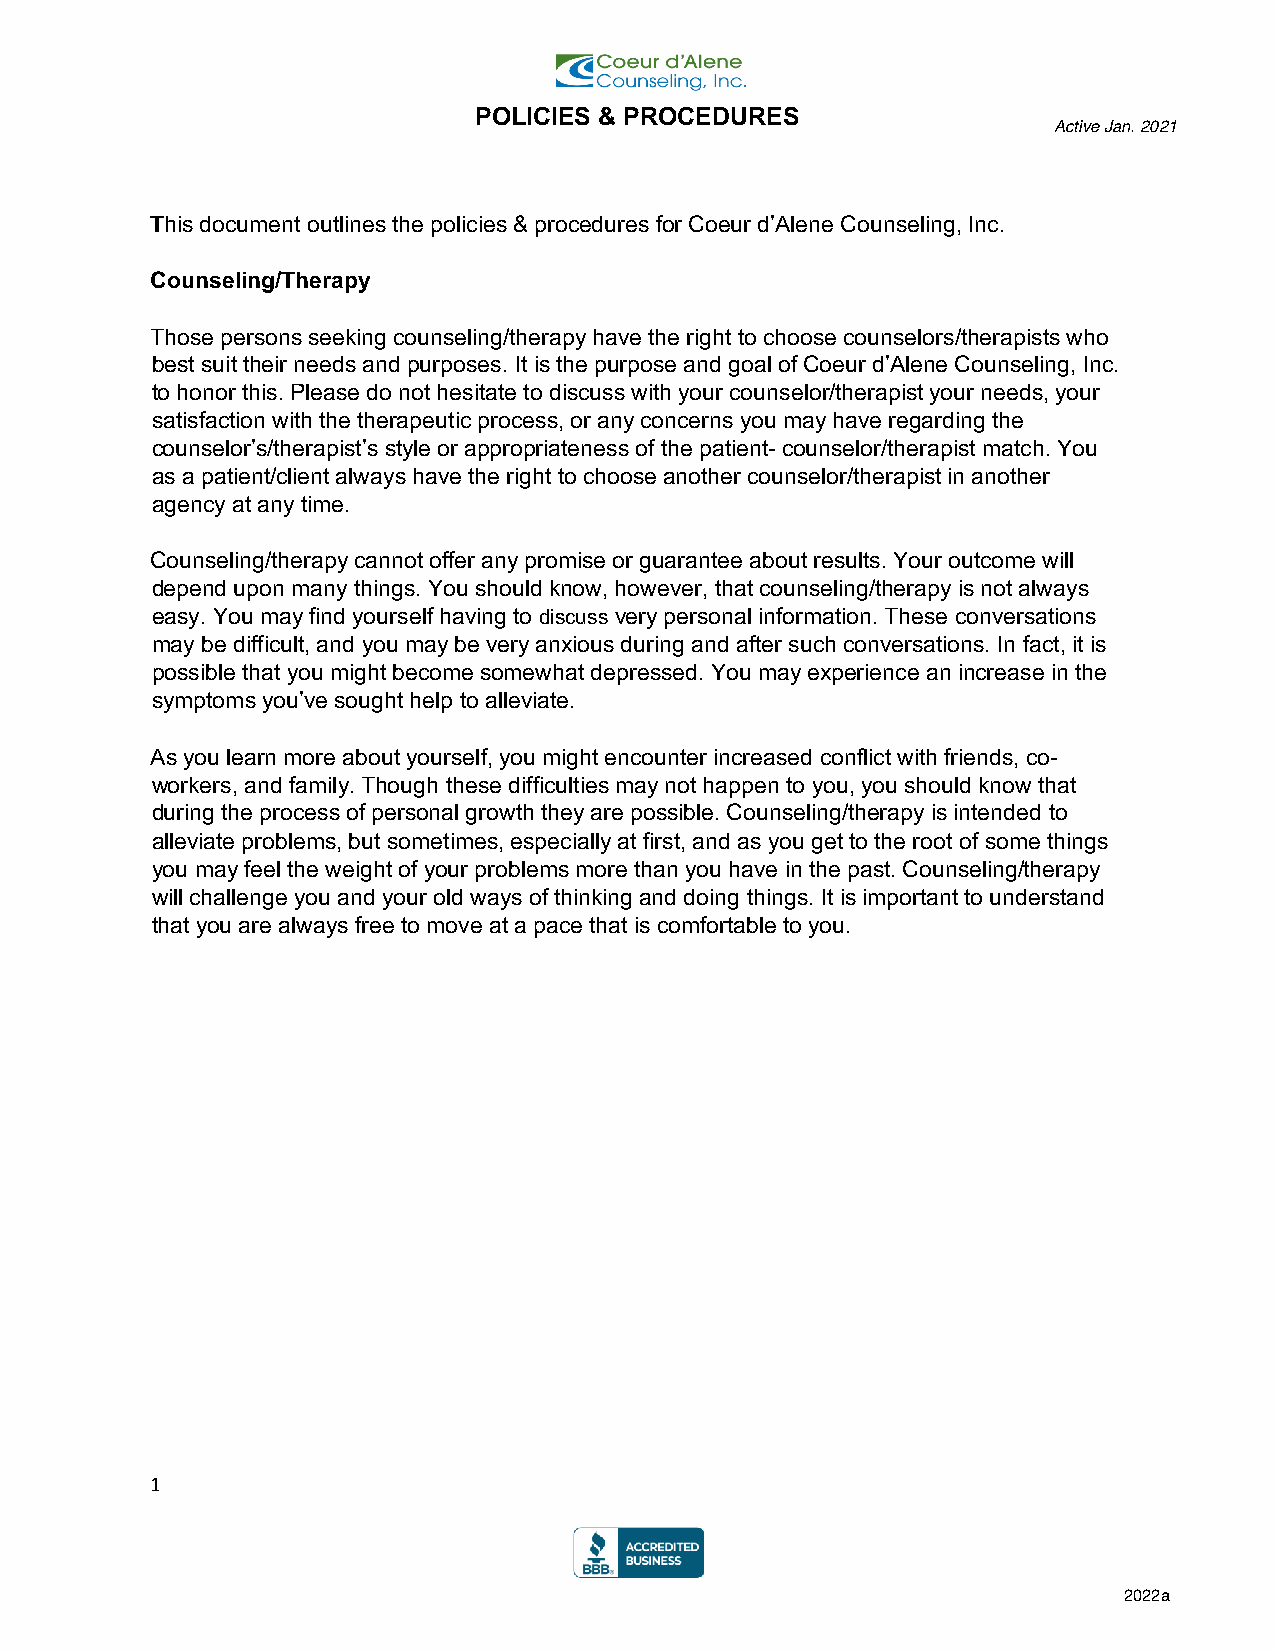
POLICIES & PROCEDURES
 Active Jan. 2021
 This document outlines the policies & procedures for Coeur d’Alene Counseling, Inc.
 Counseling/Therapy
 Those persons seeking counseling/therapy have the right to choose counselors/therapists who
 best suit their needs and purposes. It is the purpose and goal of Coeur d’Alene Counseling, Inc.
 to honor this. Please do not hesitate to discuss with your counselor/therapist your needs, your
 satisfaction with the therapeutic process, or any concerns you may have regarding the
 counselor’s/therapist’s style or appropriateness of the patient- counselor/therapist match. You
 as a patient/client always have the right to choose another counselor/therapist in another
 agency at any time.
 Counseling/therapy cannot offer any promise or guarantee about results. Your outcome will
 depend upon many things. You should know, however, that counseling/therapy is not always
 easy. You may find yourself having to discuss very personal information. These conversations
 may be difficult, and you may be very anxious during and after such conversations. In fact, it is
 possible that you might become somewhat depressed. You may experience an increase in the
 symptoms you’ve sought help to alleviate.
 As you learn more about yourself, you might encounter increased conflict with friends, co-
 workers, and family. Though these difficulties may not happen to you, you should know that
 during the process of personal growth they are possible. Counseling/therapy is intended to
 alleviate problems, but sometimes, especially at first, and as you get to the root of some things
 you may feel the weight of your problems more than you have in the past. Counseling/therapy
 will challenge you and your old ways of thinking and doing things. It is important to understand
 that you are always free to move at a pace that is comfortable to you.
 1                                                               1
 2022a